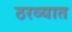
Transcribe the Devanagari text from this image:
ठरव्यात